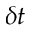
\delta t